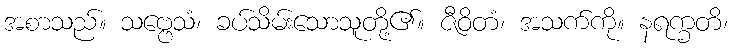
အစာသည်။ သဗ္ဗေသံ၊ ခပ်သိမ်းသောသူတို့၏။ ဇီဝိတံ၊ အသက်ကို။ နရက္ခတိ၊